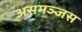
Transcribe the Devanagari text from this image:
असमञ्जस